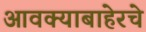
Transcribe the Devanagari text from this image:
आवक्याबाहेरचे